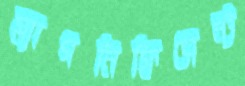
ম্যাগনিফিসেন্ট